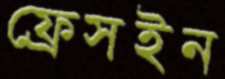
ফ্রেসইন